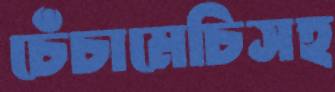
চেঁচামেচিসহ